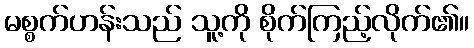
မစ္စက်ဟန်းသည် သူ့ကို စိုက်ကြည့်လိုက်၏။